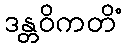
ဒန္တဝိကတိံ